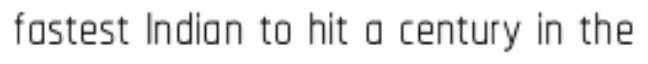
fastest Indian to hit a century in the